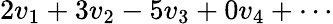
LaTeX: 2v_{1}+3v_{2}-5v_{3}+0v_{4}+\cdots